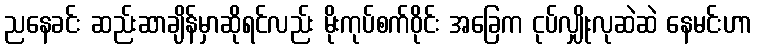
ညနေခင်း ဆည်းဆာချိန်မှာဆိုရင်လည်း မိုးကုပ်စက်ဝိုင်း အခြေက ငုပ်လျှိုးလုဆဲဆဲ နေမင်းဟာ